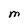
Character: M